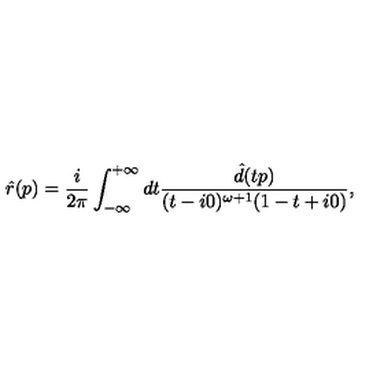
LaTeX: \hat { r } ( p ) = \frac { i } { 2 \pi } \int _ { - \infty } ^ { + \infty } d t \frac { \hat { d } ( t p ) } { ( t - i 0 ) ^ { \omega + 1 } ( 1 - t + i 0 ) } ,